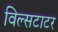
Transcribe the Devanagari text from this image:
विल्सटाटर